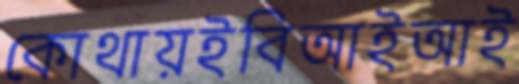
কোথায়ইবিআইআই